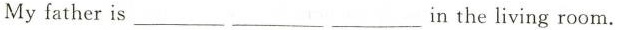
Myfather is ___ ___ ___ in the living room.